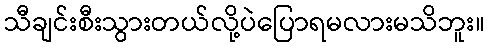
သီချင်းစီးသွားတယ်လို့ပဲပြောရမလားမသိဘူး။